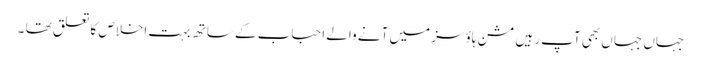
جہاں جہاں بھی آپ رہیں مشن ہاؤسز میں آنے والے احباب کے ساتھ بہت اخلاص کا تعلق تھا ۔